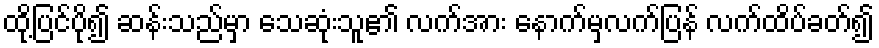
ထို့ပြင်ပို၍ ဆန်းသည်မှာ သေဆုံးသူ၏ လက်အား နောက်မှလက်ပြန် လက်ထိပ်ခတ်၍